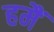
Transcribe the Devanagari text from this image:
हमैं